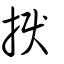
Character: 捩